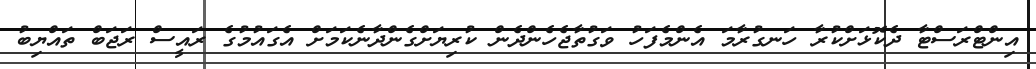
އިންޓްރަސްޓާ ދެކޮޅަށްކުރާ ހަނގުރާމަ އެންމެފަހު ވަގުތާޖެހެންދެން ކުރިޔަށްގެންދާނެކަމަށް އެގައުމުގެ ރައީސް ރަޖަބް ތައްޔިބު